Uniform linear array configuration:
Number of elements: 24
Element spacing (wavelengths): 0.5
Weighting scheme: exponential
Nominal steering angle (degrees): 60
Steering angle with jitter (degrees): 58.265
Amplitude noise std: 0.05
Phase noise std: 0.05

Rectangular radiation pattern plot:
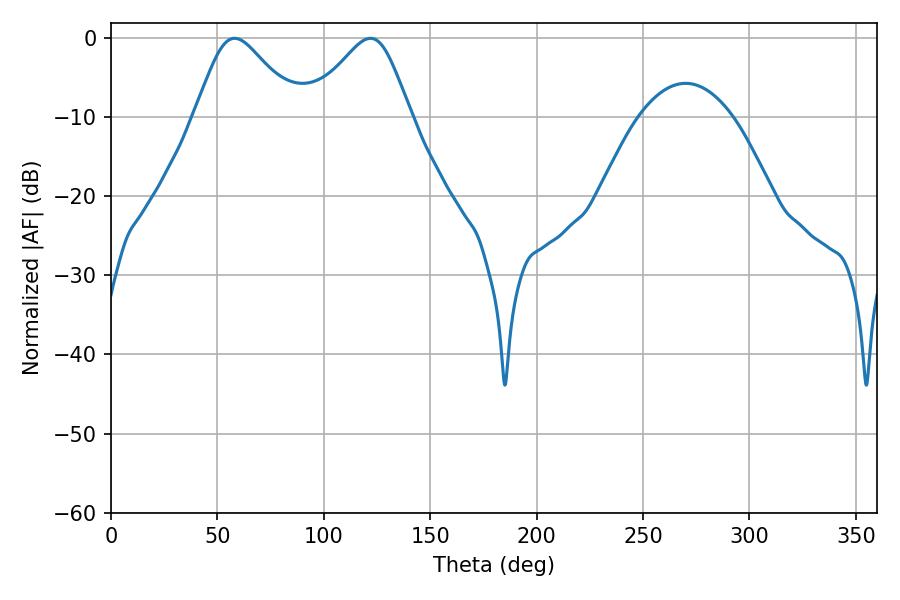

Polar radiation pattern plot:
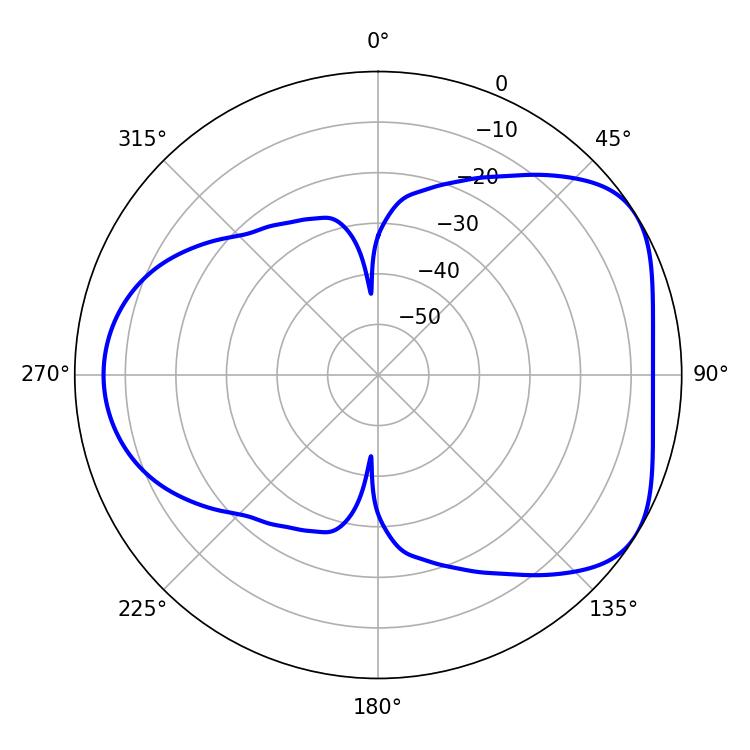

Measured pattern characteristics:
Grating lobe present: FALSE
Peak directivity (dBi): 4.767
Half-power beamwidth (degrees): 23.76
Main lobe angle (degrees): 58.14